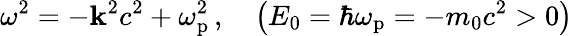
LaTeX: \omega^{2}=-\mathbf{k}^{2}c^{2}+\omega_{\mathrm{{p}}}^{2}\, ,\quad\left(E_{0}=\hbar\omega_{\mathrm{{p}}}=-m_{0}c^{2}>0\right)